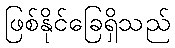
ဖြစ်နိုင်ခြေရှိသည်